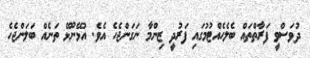
ދުވަސްވީ ފަރާތްތައް ބެލެހެއްޓުމުގައި ފަރުދީ ޒިންމާ ނަގަންޖެހެ އެވެ. އުޅޭނޫޅޭ ތަނެއް ބަލަންޖެހެ